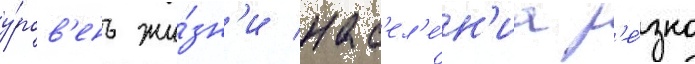
у́ров'ень жи́зн'и нас'ел'е́н'иа р'е́зко